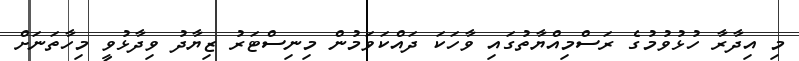
މި އިދާރާ ހުޅުވުމުގެ ރަސްމިއްޔާތުގައި ވާހަކަ ދައްކަވަމުން މިނިސްޓަރު ޒިޔާދު ވިދާޅުވީ މިހާތަނަށް